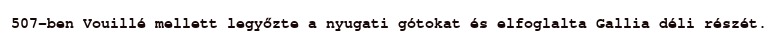
507-ben Vouillé mellett legyőzte a nyugati gótokat és elfoglalta Gallia déli részét.